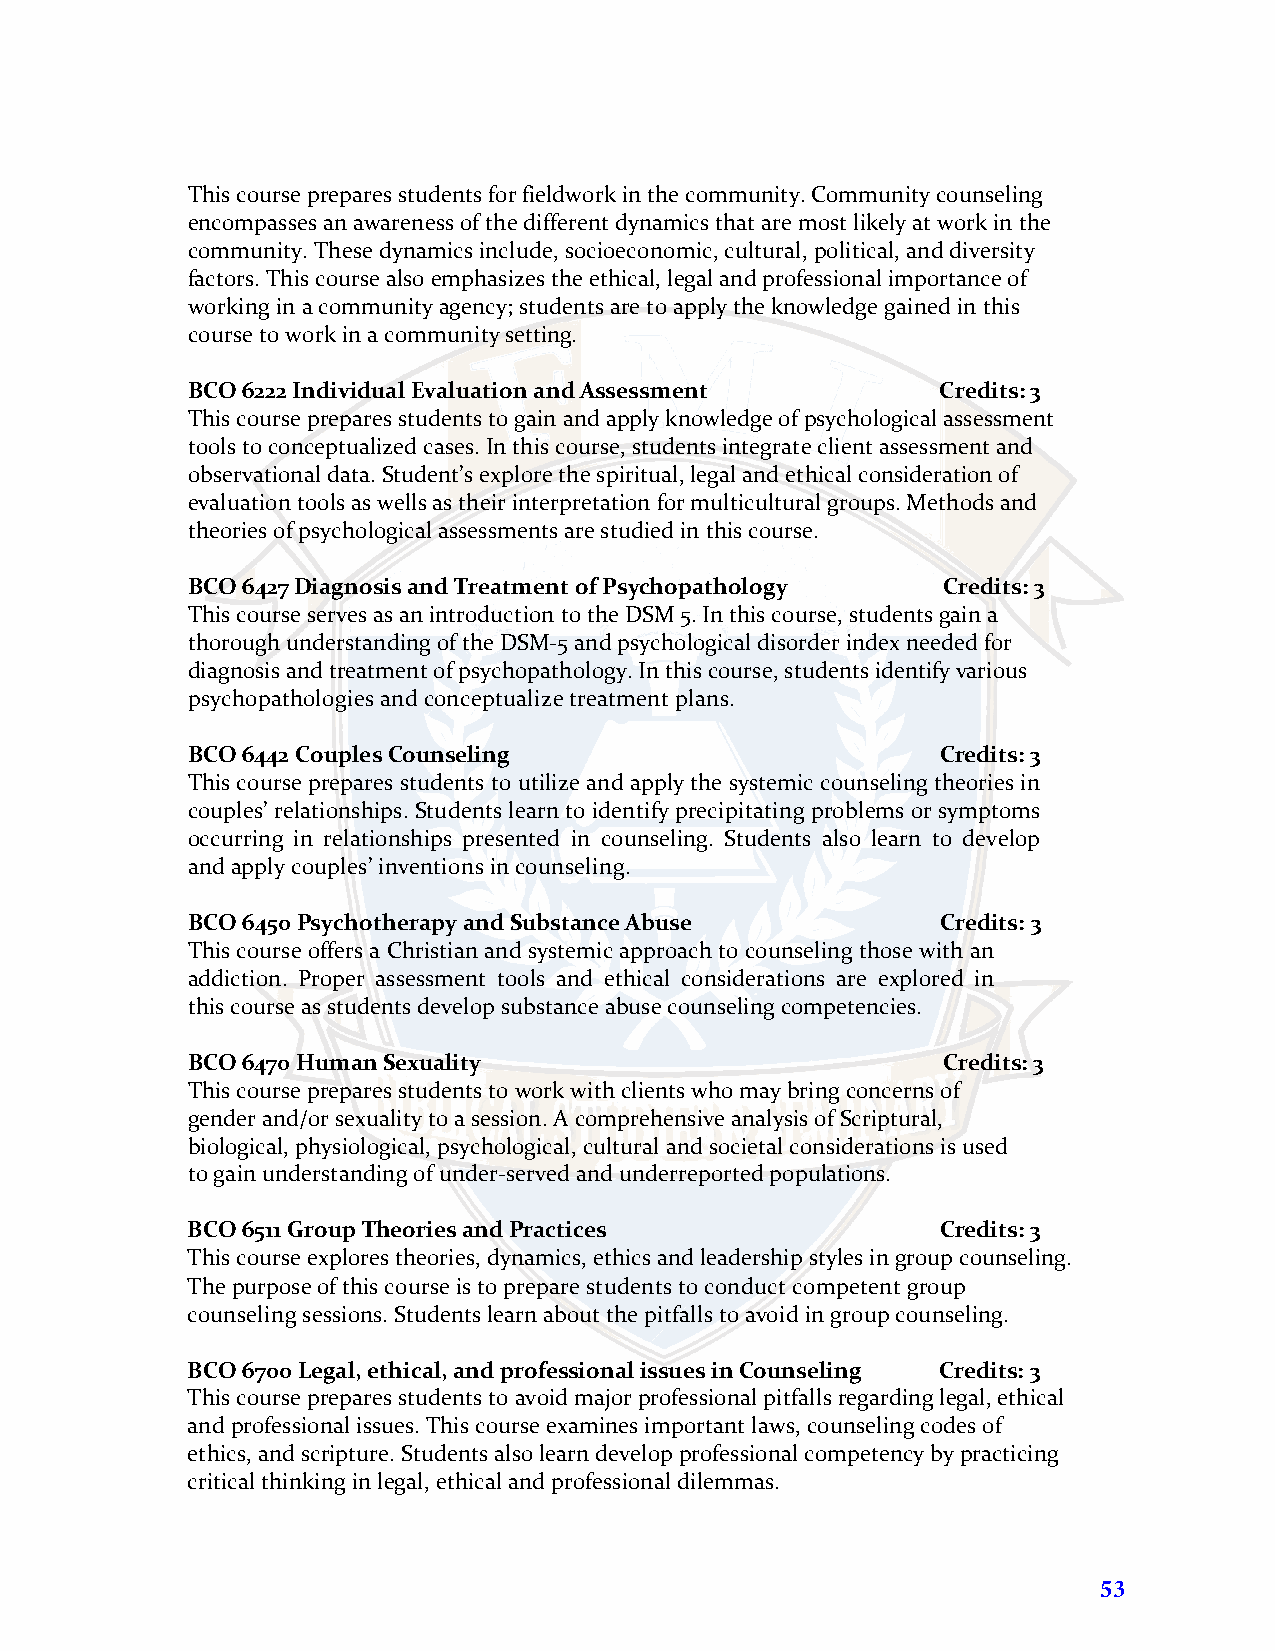
This course prepares students for fieldwork in the community. Community counseling
 encompasses an awareness of the different dynamics that are most likely at work in the
 community. These dynamics include, socioeconomic, cultural, political, and diversity
 factors. This course also emphasizes the ethical, legal and professional importance of
 working in a community agency; students are to apply the knowledge gained in this
 course to work in a community setting.
 BCO 6222 Individual Evaluation and Assessment     Credits: 3
 This course prepares students to gain and apply knowledge of psychological assessment
 tools to conceptualized cases. In this course, students integrate client assessment and
 observational data. Student’s explore the spiritual, legal and ethical consideration of
 evaluation tools as wells as their interpretation for multicultural groups. Methods and
 theories of psychological assessments are studied in this course.
 BCO 6427 Diagnosis and Treatment of Psychopathology Credits: 3
 This course serves as an introduction to the DSM 5. In this course, students gain a
 thorough understanding of the DSM-5 and psychological disorder index needed for
 diagnosis and treatment of psychopathology. In this course, students identify various
 psychopathologies and conceptualize treatment plans.
 BCO 6442 Couples Counseling                       Credits: 3
 This course prepares students to utilize and apply the systemic counseling theories in
 couples’ relationships. Students learn to identify precipitating problems or symptoms
 occurring in relationships presented in counseling. Students also learn to develop
 and apply couples’ inventions in counseling.
 BCO 6450 Psychotherapy and Substance Abuse        Credits: 3
 This course offers a Christian and systemic approach to counseling those with an
 addiction. Proper assessment tools and ethical considerations are explored in
 this course as students develop substance abuse counseling competencies.
 BCO 6470 Human Sexuality                          Credits: 3
 This course prepares students to work with clients who may bring concerns of
 gender and/or sexuality to a session. A comprehensive analysis of Scriptural,
 biological, physiological, psychological, cultural and societal considerations is used
 to gain understanding of under-served and underreported populations.
 BCO 6511 Group Theories and Practices             Credits: 3
 This course explores theories, dynamics, ethics and leadership styles in group counseling.
 The purpose of this course is to prepare students to conduct competent group
 counseling sessions. Students learn about the pitfalls to avoid in group counseling.
 BCO 6700 Legal, ethical, and professional issues in Counseling Credits: 3
 This course prepares students to avoid major professional pitfalls regarding legal, ethical
 and professional issues. This course examines important laws, counseling codes of
 ethics, and scripture. Students also learn develop professional competency by practicing
 critical thinking in legal, ethical and professional dilemmas.
 53